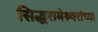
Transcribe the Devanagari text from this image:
सिद्धरामेश्र्वरांच्या